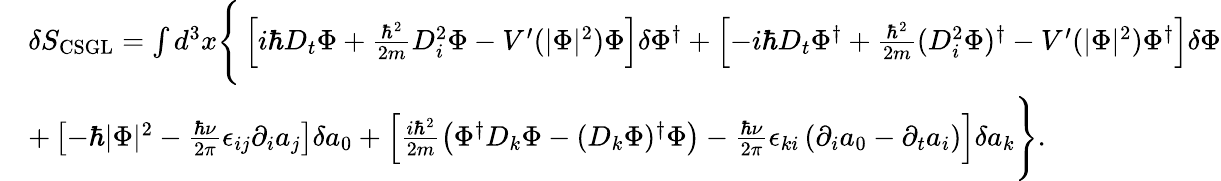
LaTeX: \begin{array}{rl}&{\delta S_{\mathrm{CSGL}}=\int d^{3}x\Bigg\{ \left[i\hbar D_{t}\Phi+\frac{\hbar^{2}}{2m}D_{i}^{2}\Phi-V^{\prime}(|\Phi|^{2})\Phi\right]\delta\Phi^{\dagger}+\left[-i\hbar D_{t}\Phi^{\dagger}+\frac{\hbar^{2}}{2m}(D_{i}^{2}\Phi)^{\dagger}-V^{\prime}(|\Phi|^{2})\Phi^{\dagger}\right]\delta\Phi}\\ &{+\left[-\hbar|\Phi|^{2}-\frac{\hbar\nu}{2\pi}\epsilon_{ij}\partial_{i}a_{j}\right]\delta a_{0}+\left[\frac{i\hbar^{2}}{2m}\left(\Phi^{\dagger}D_{k}\Phi-(D_{k}\Phi)^{\dagger}\Phi\right)-\frac{\hbar\nu}{2\pi}\epsilon_{ki}\left(\partial_{i}a_{0}-\partial_{t}a_{i}\right)\right]\delta a_{k}\Bigg\} .}\end{array}